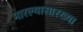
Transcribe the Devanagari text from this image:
मारल्यासारख्या